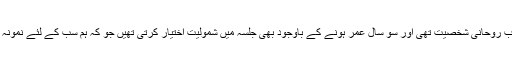
عجیب روحانی شخصیت تھی اور سَو سال عمر ہونے کے باوجود بھی جلسہ میں شمولیت اختیار کرتی تھیں جو کہ ہم سب کے لئے نمونہ ہے۔